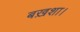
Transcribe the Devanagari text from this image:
बख़शा।